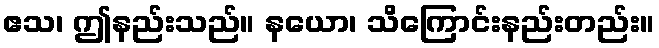
ဧသ၊ ဤနည်းသည်။ နယော၊ သိကြောင်းနည်းတည်း။